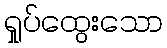
ရှုပ်ထွေးသော